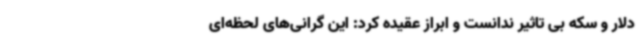
دلار و سکه بی تاثیر ندانست و ابراز عقیده کرد: این گرانی‌های لحظه‌ای